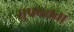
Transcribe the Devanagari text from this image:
सुपठ्यता